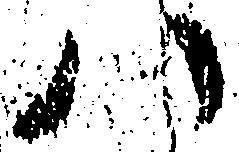
八